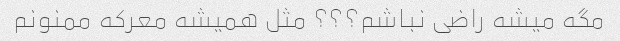
مگه میشه راضی نباشم؟؟؟ مثل همیشه معرکه ممنونم